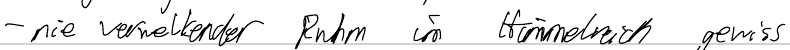
- nie verwelkender Ruhm im Himmelsreich gewiss